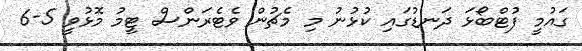
ގައުމީ ފުޓްބޯޅަ ދަނޑުގައި ކުޅުނު މި މެޗުން ވެޓެރަންސް ޓީމު މޮޅުވީ 5-6